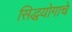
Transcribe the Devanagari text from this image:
सिद्धयोगाचे